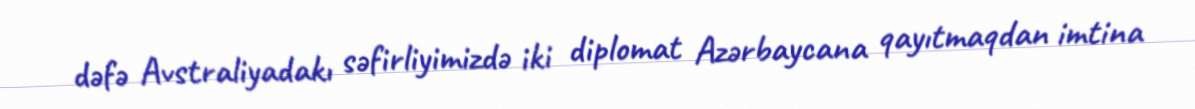
dəfə Avstraliyadakı səfirliyimizdə iki diplomat Azərbaycana qayıtmaqdan imtina